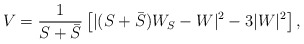
\begin{align*}V = \frac{1}{S + \bar S}\left[|(S+\bar S)W_S-W|^2-3|W|^2\right],\end{align*}